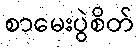
စာမေးပွဲစိတ်